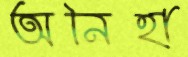
অনিহা